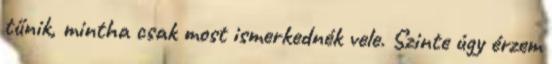
tűnik, mintha csak most ismerkednék vele. Szinte úgy érzem